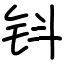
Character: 钭